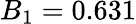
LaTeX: B_{1}=0.631